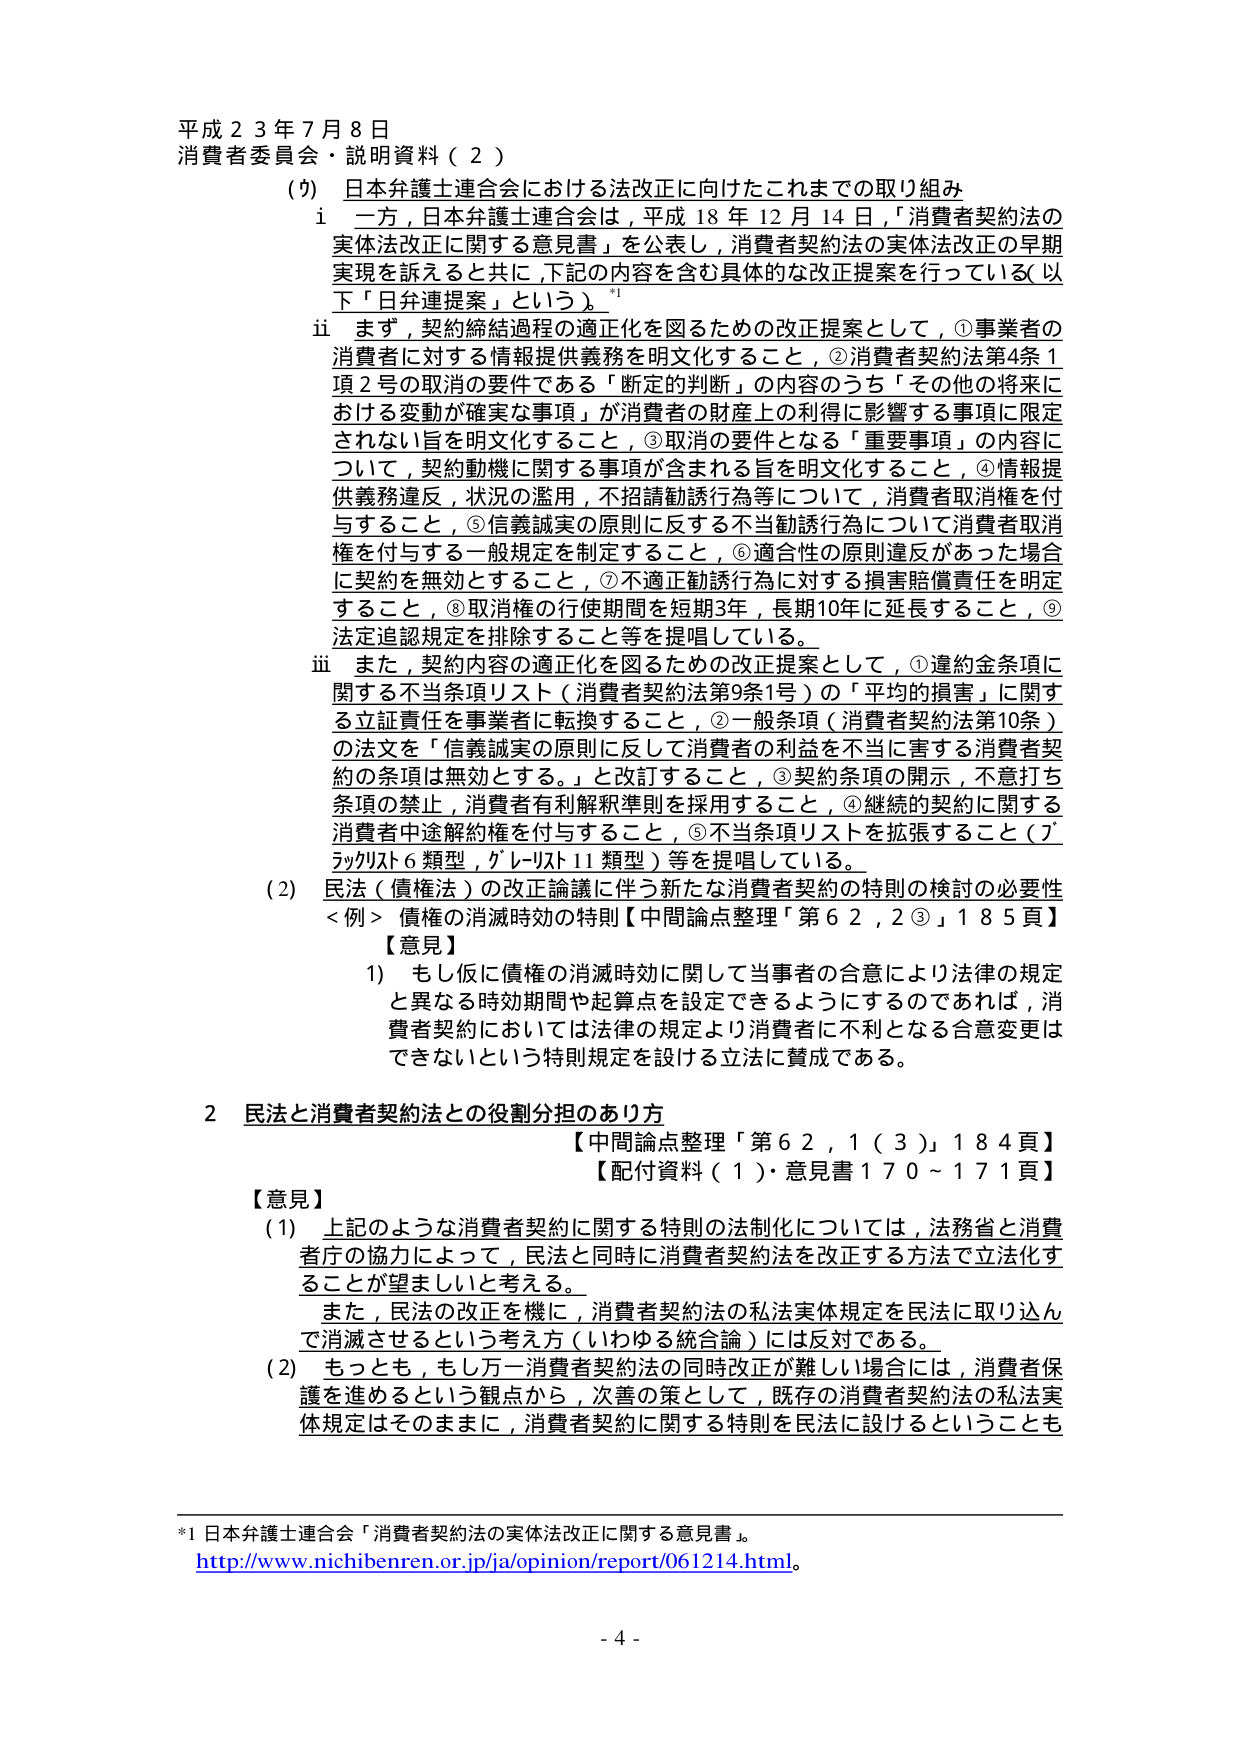
平成２３年７月８日
消費者委員会・説明資料（２）

（９） 日本弁護士連合会における法改正に向けたこれまでの取り組み
　ｉ 一方，日本弁護士連合会は，平成１８年１２月１４日，「消費者契約法の実体法改正に関する意見書」を公表し，消費者契約法の実体法改正の早期実現を訴えると共に，下記の内容を含む具体的な改正提案を行っている（以下「日弁連提案」という）。*1
　ｉｉ まず，契約締結過程の適正化を図るための改正提案として，①事業者の消費者に対する情報提供義務を明文化すること，②消費者契約法第４条１項２号の取消の要件である「断定的判断」の内容のうち「その他の将来に於ける変動が確実な事項」が消費者の財産上の利益に影響する事項に限定されない旨を明文化すること，③取消の要件となる「重要事項」の内容について，契約動機に関する事項が含まれる旨を明文化すること，④情報提供義務違反，状況の濫用，不招請勧誘行為等について，消費者取消権を付与すること，⑤信義誠実の原則に反する不当勧誘行為について消費者取消権を付与する一般規定を制定すること，⑥適合性の原則違反があった場合に契約を無効とすること，⑦不適正勧誘行為に対する損害賠償責任を明定すること，⑧取消権の行使期間を短期３年，長期１０年に延長すること，⑨法定追認規定を排除すること等を提唱している。
　ｉｉｉ また，契約内容の適正化を図るための改正提案として，①違約金条項に関する不当条項リスト（消費者契約法第９条１号）の「平均的損害」に関する立証責任を事業者に転換すること，②一般条項（消費者契約法第１０条）の法文を「信義誠実の原則に反して消費者の利益を不当に害する消費者契約の条項は無効とする。」と改訂すること，③契約条項の開示，不意打ち条項の禁止，消費者有利解釈準則を採用すること，④継続的契約に関する消費者中途解約権を付与すること，⑤不当条項リストを拡張すること（ブラックリスト６類型，グレーリスト１１類型）等を提唱している。

（２） 民法（債権法）の改正論議に伴う新たな消費者契約の特別の検討の必要性
　＜例＞ 債権の消滅時効の特則【中間論点整理「第６２，２③」１８５頁】
　【意見】
　　１） もし仮に債権の消滅時効に関して当事者の合意により法律の規定と異なる時効期間や起算点を設定できるようにするのであれば，消費者契約においては法律の規定より消費者に不利となる合意変更はできないという特別規定を設ける立法に賛成である。

２ 民法と消費者契約法との役割分担のあり方
　　【中間論点整理「第６２，１（３）」１８４頁】
　　【配付資料（１）・意見書１７０～１７１頁】
　【意見】
　　（１） 上記のような消費者契約に関する特別の法制化については，法務省と消費者庁の協力によって，民法と同時に消費者契約法を改正する方法で立法化することが望ましいと考える。
　　　　また，民法の改正を機に，消費者契約法の私法実体規定を民法に取り込んで消滅させるという考え方（いわゆる統合論）には反対である。
　　（２） もっとも，もしそう一消費者契約法の同時改正が難しい場合には，消費者保護を進めるという観点から，次善の策として，既存の消費者契約法の私法実体規定はそのままに，消費者契約に関する特別を民法に設けるということでも

*1 日本弁護士連合会「消費者契約法の実体法改正に関する意見書」。
http://www.nichibenren.or.jp/ja/opinion/report/061214.html。

- 4 -